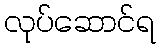
လုပ်ဆောင်ရ